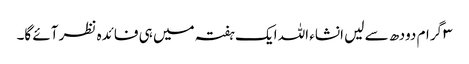
۳ گرام دودھ سے لیں انشاء اللہ ایک ہفتہ میں ہی فائدہ نظر آئے گا۔